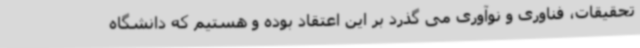
تحقیقات، فناوری و نوآوری می گذرد بر این اعتقاد بوده و هستیم که دانشگاه